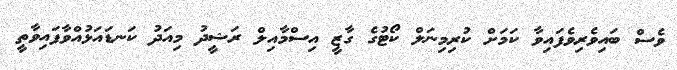
ވެސް ބައިވެރިވެފައިވާ ކަމަށް ކުރިމިނަލް ކޯޓުގެ ގާޒީ އިސްމާއިލް ރަޝީދު މިއަދު ކަނޑައަޅުއްވާފައިވާތީ